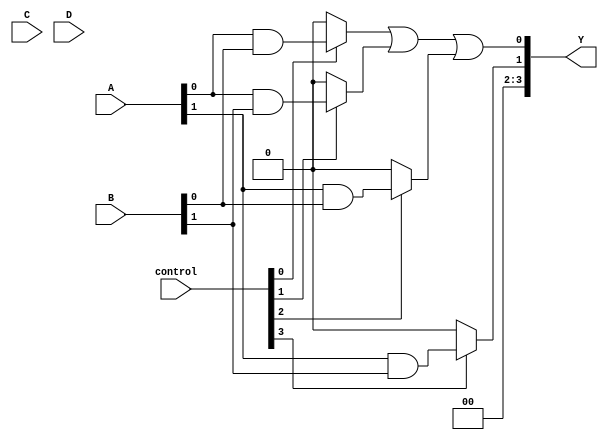
module PLA (
    input wire [3:0] A,       // 4 input signals
    input wire [3:0] B,       // 4 input signals
    input wire [3:0] C,       // 4 input signals
    input wire [3:0] D,       // 4 input signals
    input wire [3:0] control,  // Control signals for programmability
    output wire [3:0] Y       // 4 output signals
);

// AND Plane
wire [15:0] product_terms; // 16 product terms (AND outputs)

// Generate product terms based on control signals
assign product_terms[0]  = (control[0]) ? (A[0] & B[0]) : 1'b0; // P0
assign product_terms[1]  = (control[1]) ? (A[0] & B[1]) : 1'b0; // P1
assign product_terms[2]  = (control[2]) ? (A[1] & B[0]) : 1'b0; // P2
assign product_terms[3]  = (control[3]) ? (A[1] & B[1]) : 1'b0; // P3
assign product_terms[4]  = (control[4]) ? (A[2] & B[0]) : 1'b0; // P4
assign product_terms[5]  = (control[5]) ? (A[2] & B[1]) : 1'b0; // P5
assign product_terms[6]  = (control[6]) ? (A[3] & B[0]) : 1'b0; // P6
assign product_terms[7]  = (control[7]) ? (A[3] & B[1]) : 1'b0; // P7
assign product_terms[8]  = (control[8]) ? (C[0] & D[0]) : 1'b0; // P8
assign product_terms[9]  = (control[9]) ? (C[1] & D[1]) : 1'b0; // P9
assign product_terms[10] = (control[10]) ? (C[2] & D[0]) : 1'b0; // P10
assign product_terms[11] = (control[11]) ? (C[3] & D[1]) : 1'b0; // P11
assign product_terms[12] = (control[12]) ? (A[0] & C[0]) : 1'b0; // P12
assign product_terms[13] = (control[13]) ? (B[1] & D[1]) : 1'b0; // P13
assign product_terms[14] = (control[14]) ? (A[1] & D[0]) : 1'b0; // P14
assign product_terms[15] = (control[15]) ? (B[0] & C[1]) : 1'b0; // P15

// OR Plane
assign Y[0] = product_terms[0] | product_terms[1] | product_terms[2]; // Output Y0
assign Y[1] = product_terms[3] | product_terms[4] | product_terms[5]; // Output Y1
assign Y[2] = product_terms[6] | product_terms[7] | product_terms[8]; // Output Y2
assign Y[3] = product_terms[9] | product_terms[10] | product_terms[11]; // Output Y3

endmodule